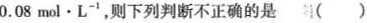
0.08mol·L^{-1}，则下列判断不正确的是( )